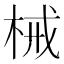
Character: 械